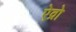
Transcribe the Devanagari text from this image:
ऐव्रो